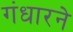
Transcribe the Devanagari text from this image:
गंधारने